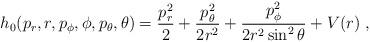
LaTeX: \begin{align*}h_0(p_r,r,p_\phi,\phi,p_\theta,\theta)=\frac{p_r^2}{2}+\frac{p_\theta^2}{2r^2}+\frac{p_\phi^2}{2r^2\sin^2\theta}+V(r) \;,\end{align*}